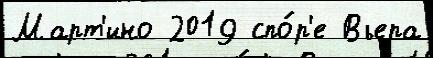
Март'ино 2019 спо́р'е Вьера